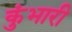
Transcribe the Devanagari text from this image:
कुंभारी